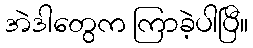
အဲဒါတွေက ကြာခဲ့ပါပြီ။